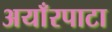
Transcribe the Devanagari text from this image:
अयाँरपाटा